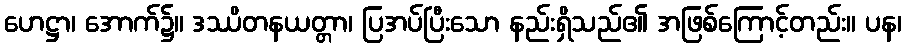
ဟေဋ္ဌာ၊ အောက်၌။ ဒဿိတနယတ္တာ၊ ပြအပ်ပြီးသော နည်းရှိသည်၏ အဖြစ်ကြောင့်တည်း။ ပန၊